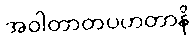
အဝါတာတပဟတာနိ